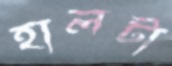
হালটা